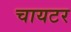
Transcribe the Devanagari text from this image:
चायटर